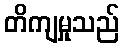
တိကျမှုသည်